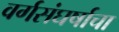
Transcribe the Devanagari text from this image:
वर्गसंघर्षाचा